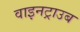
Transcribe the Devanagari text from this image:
वाइनट्राउब